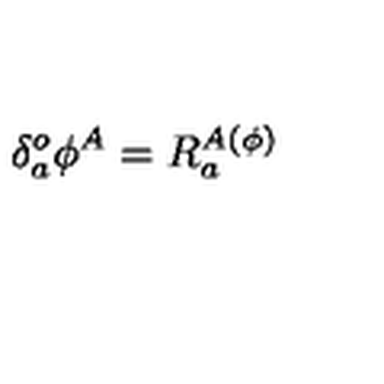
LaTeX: \delta _ { a } ^ { o } \phi ^ { A } = R _ { a } ^ { A ( \phi ) }